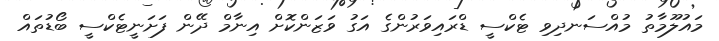
މައުލޫމާތު މުއްސަނދިވި ޓެކްސީ ޑްރައިވަރުންގެ އަގު ވަޒަންކޮށް އިނާމް ދޭން ފަށަނީޓެކްސީ ބޯޑުތައް